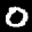
Label: 0